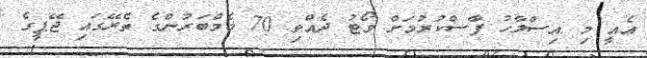
އެއީ މި އިސްލާހު ފާސްކުރުމަށް ވޯޓު ދެއްވި 70 މެމްބަރުންގެ ތެރޭގައި ޖޭޕީގެ